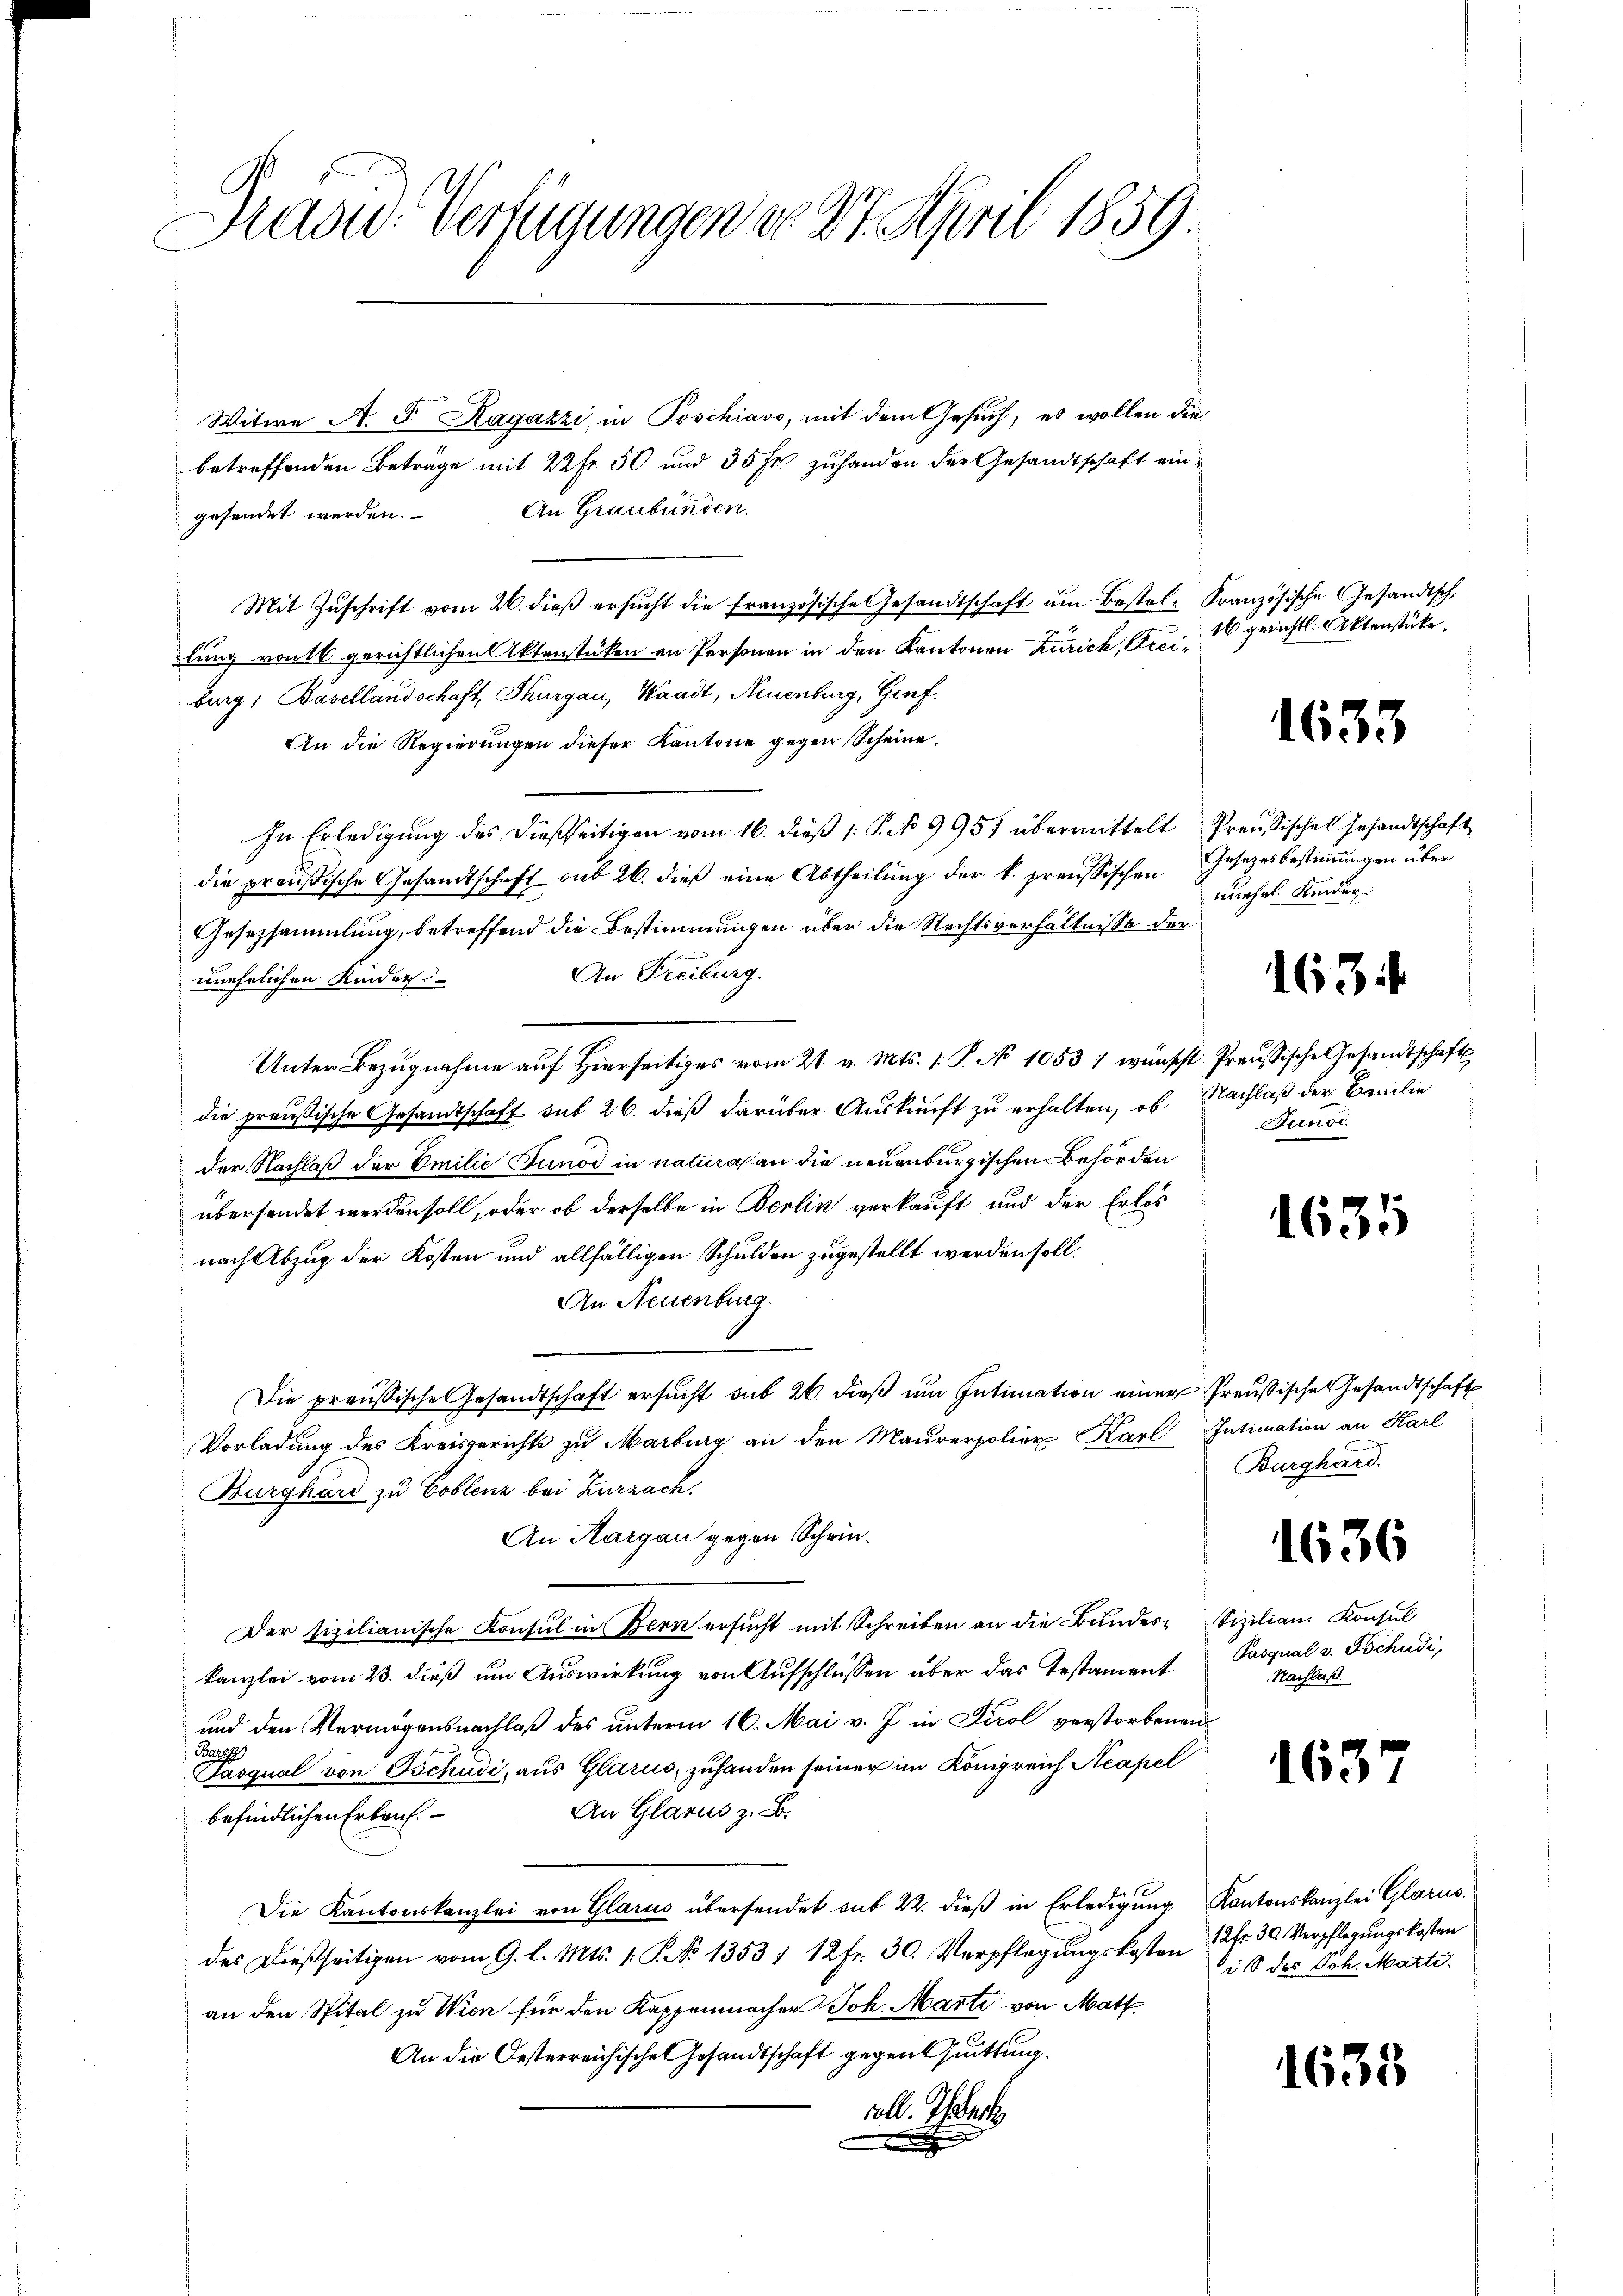
Brasid. Verfügungen do 27. April 1859.

Witwe A. T. Ragazzi, in Poschiavo, mit dem Gesuch, es wollen die
betreffenden Beträge mit 22 fr. 50 und 35 Fr. zuhanden der Gesandtschaft eingesendet werden. An Graubünden.
Mit Zŭschrift vom 26. dieβ ersŭcht die französische Gesandtschaft ŭm Bestel- Französische Gesandtsch
lung von gerichtlichen Aktenstüken an Personen in den Kantonen Zürich, Arciburg, Basellandschaft, Thurgau, Waadt, Neuenburg, Genf.
An die Regierungen dieser Kantone gegen Scheine
In Erledigung des dießseitigen vom 16. dieß 1: P. No 9957 übermittelt Preußisches Gesandtschaft
die preußische Gesandtschaft sub 26. dieß eine Abtheilung der k. preussischen Gesetzesbestimmungen über
Gesetzsammlung, betreffend die Bestimmungen über die Rechtsverhältnisse der
An Freiburg.
unehelichen Kinder
Unter Bezugnahme auf Hierseitiges vom 21. v. Mts. 1. P. No 1053 / wünscht Preußische Gesandtschafts
die preußische Gesandtschaft sub 26. dieß darüber Auskunft zu erhalten, ob Nachlaß der Breilie
der Nachlaß der Emilie Junod in natura an die neuenburgischen Behörden
übersendet werden soll, oder ob derselbe in Berlin verkauft und der Erlös
nach Abzug der Kosten und allfälligen Schulden zugestellt werden soll.
An Neuenburg.
Die preußische Gesandtschaft ersucht sub 26. dieß um Intimation einer Preußische Gesandtschaft
Vorladung des Kreisgerichts zu Marburg an den Maurerpolier Karl Intimation an Karl
Burghard zu Coblenz bei Zurzach.
An Kargau gegen Schrie¬
Der sizilianische Konsul in Bern ersŭcht mit Schreiben an die Bŭndes- Sizilian. Konsul
kanzlei vom 23. dieß um Auswirkung von Aufschlüssen über das Testament
und den Vermögensnachlaß des unterm 16. Mai v. J. in Tirol verstorbenen
Brugg
Pasqual von Tschudi, aus Glarus, zuhanden seiner im Königreich Neapel
An Glarus z. B.
befindlichen Erbaut.
Die Kantonskanzlei von Glarus übersendet sub 22. dieβ in Erledigŭng Kantonskanzlei Glarus.
des dießseitigen vom 9. l. Mts. 1. P. No 1353 f 12 Fr. 30. Verpflegungskosten 12fr. 30. Verpflegungskosten
an den Spital zu Wien für den Kappenmacher Joh. Marte von Matt
An die Oesterreichische Gesandtschaft gegen Quittung.
coll. Ihrer

16 gerichtl. Aktenstücke.

1633

muehel. Kinder

163

Aunod

1635

Burghard.

1636

Pasqual v. Tschudi,
Nachlaß.

1637

ist des Joh. Marti

1633